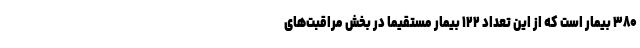
۳۸۰ بیمار است که از این تعداد ۱۲۲ بیمار مستقیما در بخش مراقبت‌های